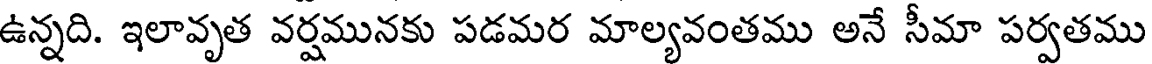
ఉన్నది. ఇలావృత వర్షమునకు పడమర మాల్యవంతము అనే సీమా పర్వతము